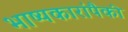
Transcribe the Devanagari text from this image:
भाष्यकारांपैकी